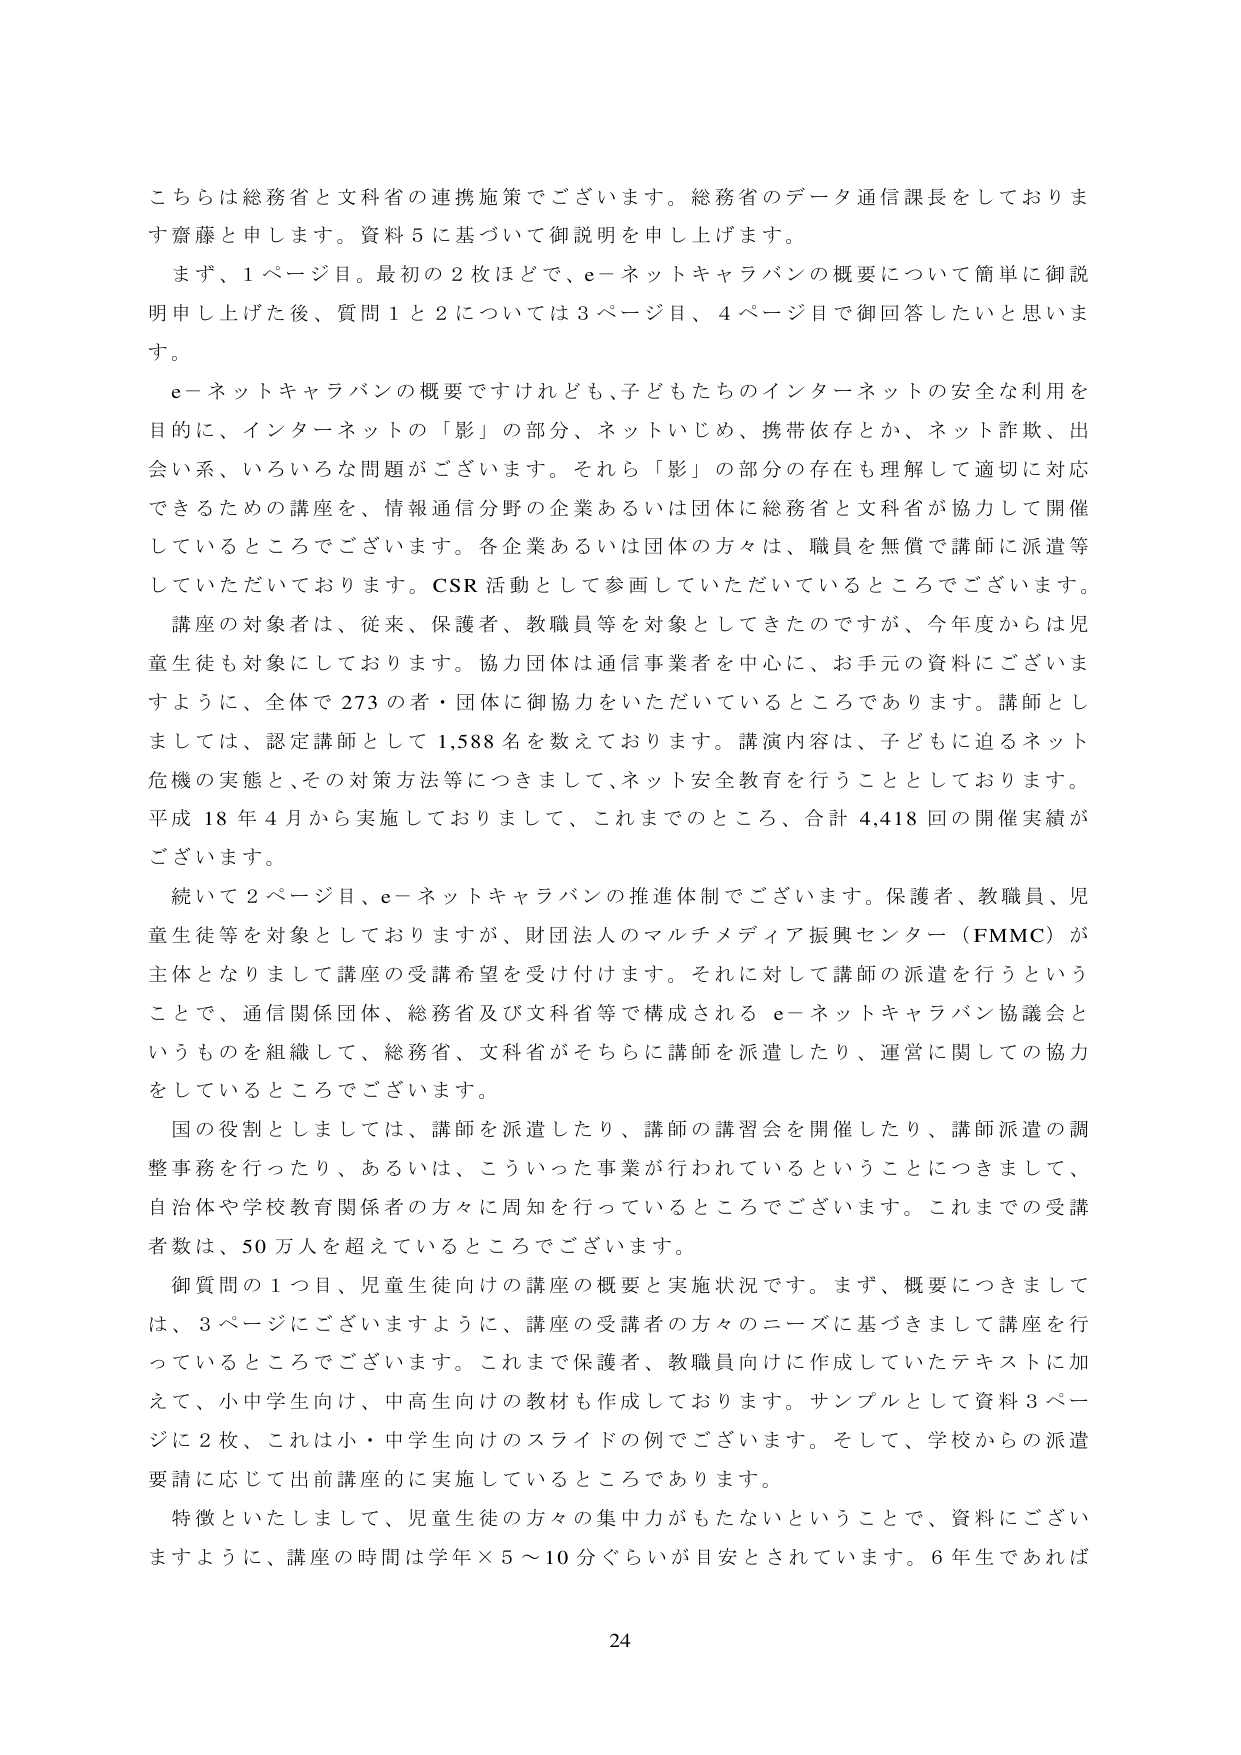
こちらは総務省と文科省の連携施策でございます。総務省のデータ通信課長をしております齋藤と申します。資料５に基づいて御説明を申し上げます。

まず、１ページ目。最初の２枚はどで、ｅ－ネットキャラバンの概要について簡単に御説明申し上げた後、質問１と２については３ページ目、４ページ目で御回答したいと思います。

ｅ－ネットキャラバンの概要ですけれども、子どもたちのインターネットの安全な利用を目的に、インターネットの「影」の部分、ネットいじめ、携帯依存とか、ネット詐欺、出会い系、いろいろな問題がございます。それら「影」の部分の存在も理解して適切に対応できるための講座を、情報通信分野の企業あるいは団体に総務省と文科省が協力して開催しているところでございます。各企業あるいは団体の方々は、職員を無償で講師に派遣等していただいております。CSR活動として参画していただいているところでございます。

講座の対象者は、従来、保護者、教職員等を対象としてきたのですが、今年度からは児童生徒も対象にしております。協力団体は通信事業者を中心に、お手元の資料にございますように、全体で273の者・団体に御協力をいただいているところであります。講師としましては、認定講師として1,588名を数えております。講演内容は、子どもに迫るネット危機の実態と、その対策方法等につきまして、ネット安全教育を行うこととしております。平成18年4月から実施しておりまして、これまでのところ、合計4,418回の開催実績がございます。

続いて２ページ目、ｅ－ネットキャラバンの推進体制でございます。保護者、教職員、児童生徒等を対象としておりますが、財団法人のマルチメディア振興センター（ＦＭＭＣ）が主体となりまして講座の受講希望を受け付けます。それに対して講師の派遣を行うということで、通信関係団体、総務省及び文科省等で構成されるｅ－ネットキャラバン協議会というものを組織して、総務省、文科省がそちらに講師を派遣したり、運営に関しての協力をしているところでございます。

国の役割としましては、講師を派遣したり、講師の講習会を開催したり、講師派遣の調整事務を行ったり、あるいは、こういった事業が行われているということにつきまして、自治体や学校教育関係者の方々に周知を行っているところでございます。これまでの受講者数は、50万人を超えているところでございます。

御質問の１つ目、児童生徒向けの講座の概要と実施状況です。まず、概要につきましては、３ページにございますように、講座の受講者の方々のニーズに基づきまして講座を行っているところでございます。これまで保護者、教職員向けに作成していたテキストに加えて、小中学生向け、中高生向けの教材も作成しております。サンプルとして資料３ページに２枚、これは小・中学生向けのスライドの例でございます。そして、学校からの派遣要請に応じて出前講座的に実施しているところであります。

特徴といたしまして、児童生徒の方々の集中力がもたないということで、資料にございますように、講座の時間は学年×5～10分ぐらいが目安とされています。6年生であれば

24